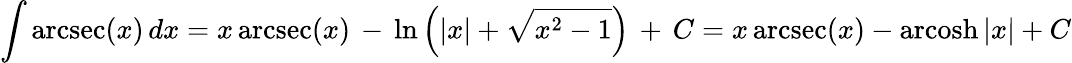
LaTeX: \int\operatorname{arcsec}(x)\, dx=x\operatorname{arcsec}(x)\, -\, \ln\left(\left|x\right|+{\sqrt{x^{2}-1}}\right)\, +\, C=x\operatorname{arcsec}(x)-\operatorname{arcosh}|x|+C